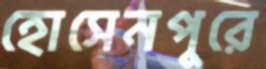
হোসেনপুরে